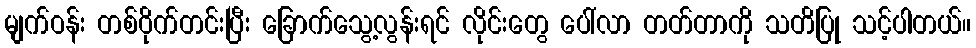
မျက်ဝန်း တစ်ဝိုက်တင်းပြီး ခြောက်သွေ့လွန်းရင် လိုင်းတွေ ပေါ်လာ တတ်တာကို သတိပြု သင့်ပါတယ်။